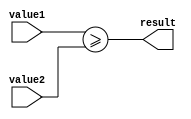
module greater_than_or_equal_comparator (
    input wire [7:0] value1,
    input wire [7:0] value2,
    output wire result
);

assign result = (value1 >= value2);

endmodule